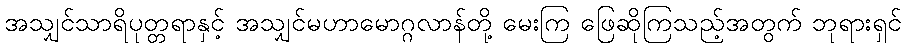
အသျှင်သာရိပုတ္တရာနှင့် အသျှင်မဟာမောဂ္ဂလာန်တို့ မေးကြ ဖြေဆိုကြသည့်အတွက် ဘုရားရှင်